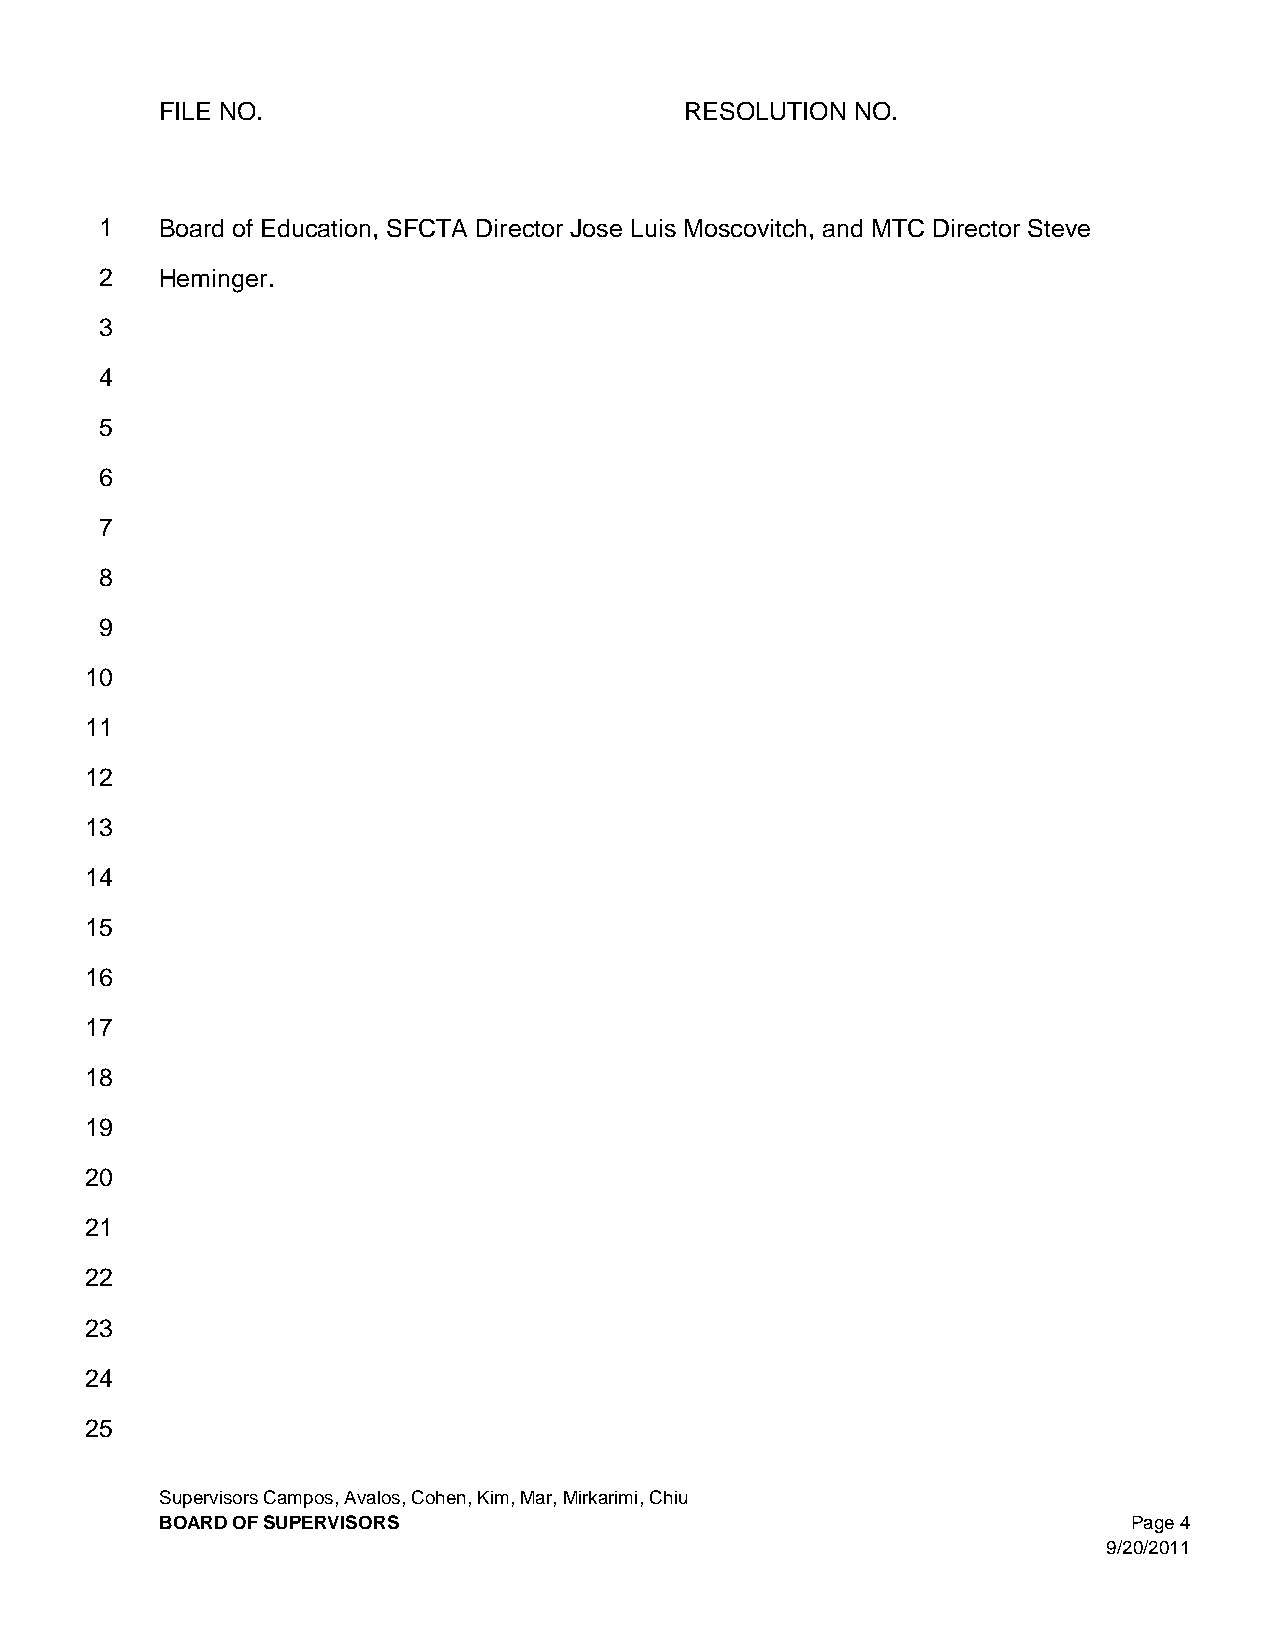
FILE NO.                          RESOLUTION  NO.
 1   Board of Education, SFCTA Director Jose Luis Moscovitch, and MTC Director Steve
 2   Heminger.
 3
 4
 5
 6
 7
 8
 9
 10
 11
 12
 13
 14
 15
 16
 17
 18
 19
 20
 21
 22
 23
 24
 25
 Supervisors Campos, Avalos, Cohen, Kim, Mar, Mirkarimi, Chiu
 BOARD OF SUPERVISORS                                            Page 4
 9/20/2011